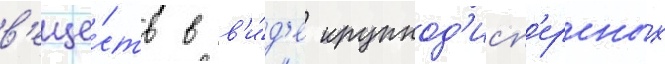
в'еще́ств в в'и́д'е крупнод'исп'ерсных